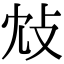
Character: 𢻼